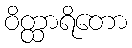
ဝိတ္ထာရိတော